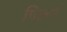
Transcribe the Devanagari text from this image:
पिलर्न